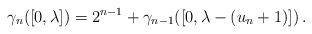
LaTeX: \begin{align*}\gamma_n([0, \lambda]) = 2^{n-1} + \gamma_{n-1}([0, \lambda - (u_n + 1)]) \, .\end{align*}